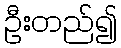
ဦးတည်၍